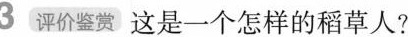
3评价鉴赏 这是一个怎样的稻草人?